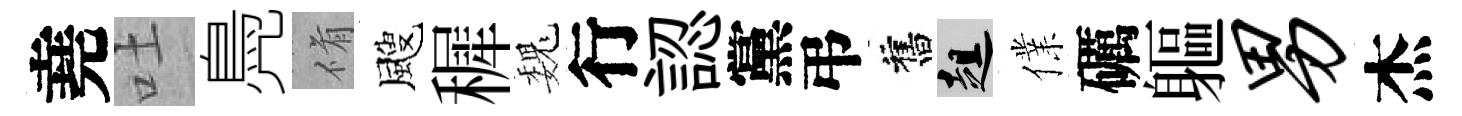
堯吐鳧脩颼穉巍行認黨弔舊趄㒒礪軀男杰